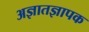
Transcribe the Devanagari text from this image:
अज्ञातज्ञापक